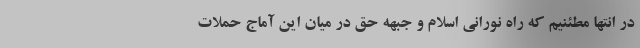
در انتها مطئنيم كه راه نوراني اسلام و جبهه حق در ميان اين آماج حملات